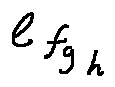
e _ { f _ { g _ { h } } }